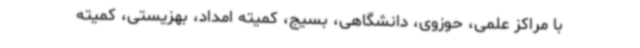
با مراکز علمی، حوزوی، دانشگاهی، بسیج، کمیته امداد، بهزیستی، کمیته